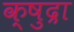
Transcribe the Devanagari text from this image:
क्षुद्रा